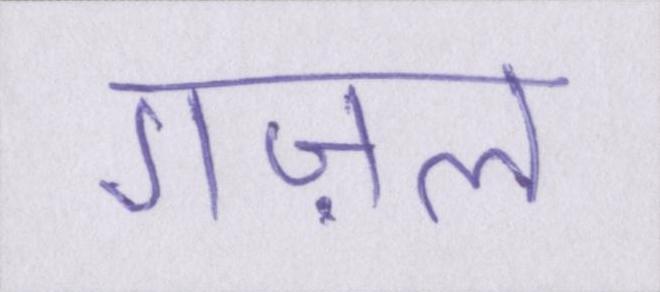
गज़ल